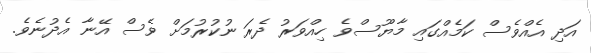
އަދި އެއްވެސް ކަމެއްގައި މާޔޫސްވެ ހިއްވަރު ދެރަ ނުކުރުމަށް ވެސް އޭނާ އެދުނެވެ.